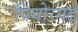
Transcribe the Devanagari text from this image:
पिथोरगढ़